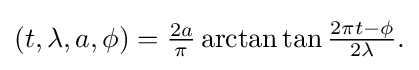
{\textstyle (t,\lambda ,a,\phi )={\frac {2a}{\pi }}\arctan \tan {\frac {2\pi t-\phi }{2\lambda }}.}